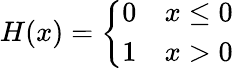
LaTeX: H(x)=\left\{ \begin{array}{ll}{0}&{x\leq 0}\\ {1}&{x>0}\end{array}\right.